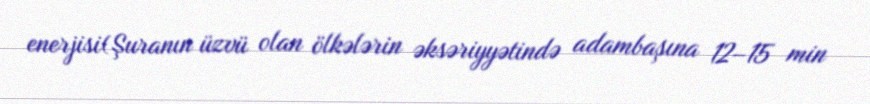
enerjisi(Şuranın üzvü olan ölkələrin əksəriyyətində adambaşına 12–15 min